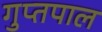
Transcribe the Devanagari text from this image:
गुप्तपाल